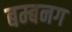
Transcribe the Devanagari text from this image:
बम्बनग